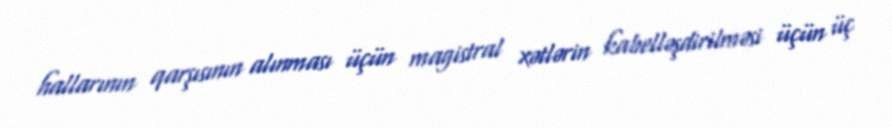
hallarının qarşısının alınması üçün magistral xətlərin kabelləşdirilməsi üçün üç